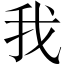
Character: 我